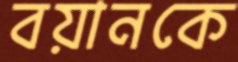
বয়ানকে